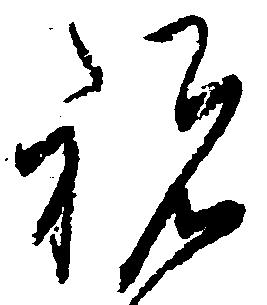
祝